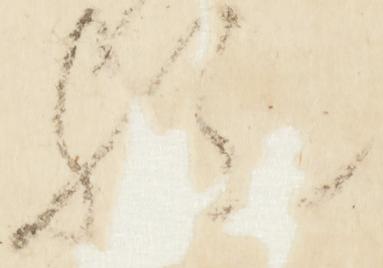
歟